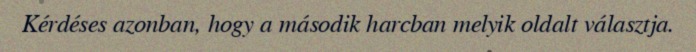
Kérdéses azonban, hogy a második harcban melyik oldalt választja.